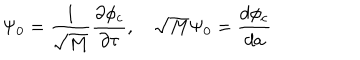
LaTeX: \Psi _ { 0 } = \frac { 1 } { \sqrt { M } } \frac { \partial \phi _ { c } } { \partial \tau } , \quad \sqrt { M } \Psi _ { 0 } = \frac { d \phi _ { c } } { d a }